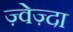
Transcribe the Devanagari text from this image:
ज़्वेज़्दा